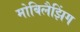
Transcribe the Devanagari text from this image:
मोबिलैझिंग